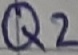
Text: Q2